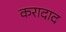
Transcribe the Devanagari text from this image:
करादाद